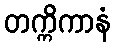
တက္ကိကာနံ